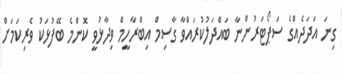
ގިނަ އަދަދެއްގެ ސަޕޯޓަރުންނާ ބައްދަލުކުރައްވާ ގާސިމް އިބްރާހީމް ވިދާޅުވީ ކޮންމެ ބޭފުޅަކު ވެރިކަމަށް